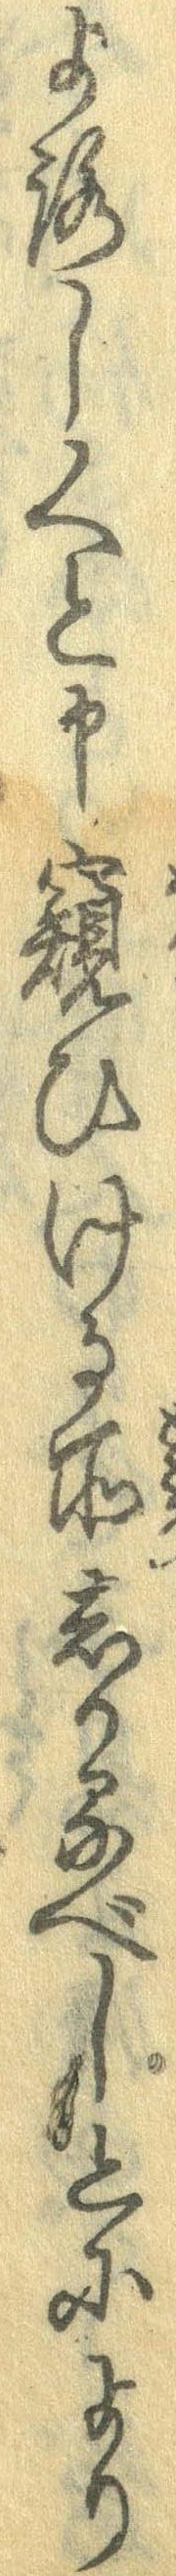
よろしくと申窺ひける所しかるべしとにより